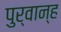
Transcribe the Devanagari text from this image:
पुर्वान्ह